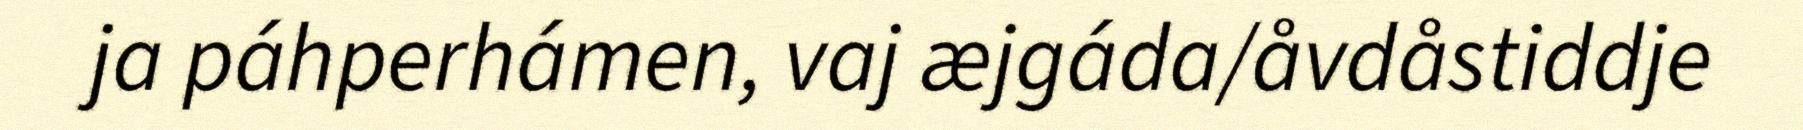
ja páhperhámen, vaj æjgáda/åvdåstiddje